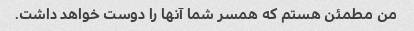
من مطمئن هستم که همسر شما آنها را دوست خواهد داشت.